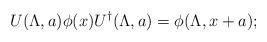
LaTeX: \begin{align*}U(\Lambda ,a ) \phi (x) U^{\dagger} (\Lambda ,a) = \phi (\Lambda ,x +a);\end{align*}